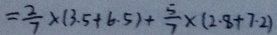
= \frac { 2 } { 7 } \times ( 3 . 5 + 6 . 5 ) + \frac { 5 } { 7 } \times ( 2 . 8 + 7 . 2 )